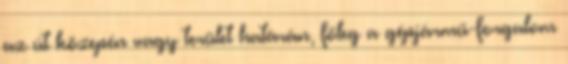
az út közepén vagy terület határán, főleg a gépjármű-forgalom